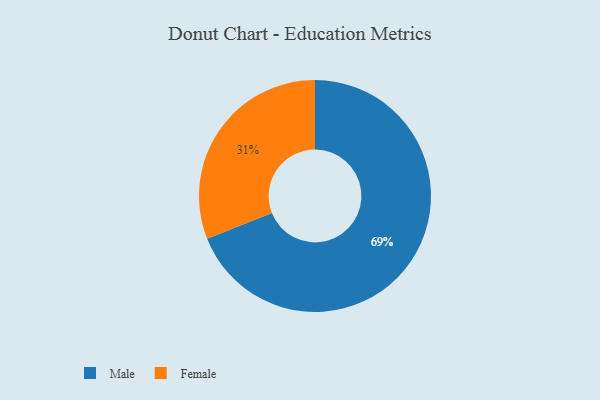
{"axis": {"x": "Category", "y": "Percentage"}, "legend": ["Female", "Male"], "data": [{"x": "Female", "y": 31, "type": "Female"}, {"x": "Male", "y": 69, "type": "Male"}]}